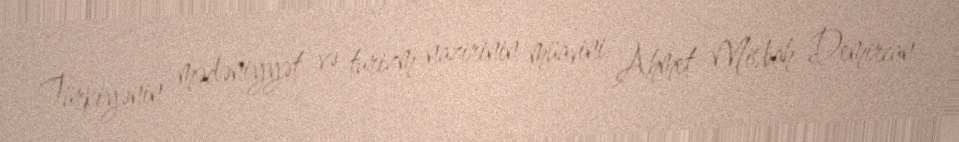
Türkiyənin mədəniyyət və turizm nazirinin müavini Ahmet Misbah Demircan